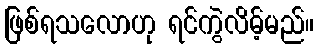
ဖြစ်ရသလောဟု ရင်ကွဲလိမ့်မည်။